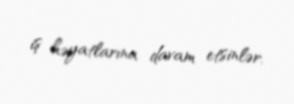
iş həyatlarına davam etsinlər.